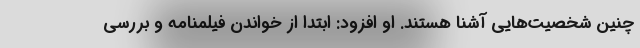
چنین شخصیت‌هایی آشنا هستند. او افزود: ابتدا از خواندن فیلمنامه و بررسی